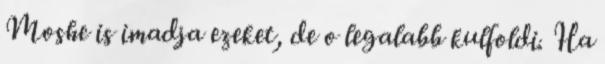
Moshe is imadja ezeket, de o legalabb kulfoldi. Ha